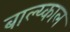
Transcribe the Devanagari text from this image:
बाल्य्काल